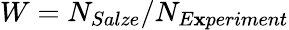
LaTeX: W=N_{Salze}/N_{E\mathbf{x}periment}